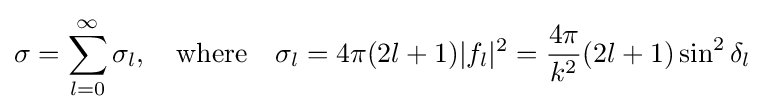
\sigma =\sum _{l=0}^{\infty }\sigma _{l},\quad {\text{where}}\quad \sigma _{l}=4\pi (2l+1)|f_{l}|^{2}={\frac {4\pi }{k^{2}}}(2l+1)\sin ^{2}\delta _{l}